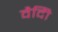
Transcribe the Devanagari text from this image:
वैदीि